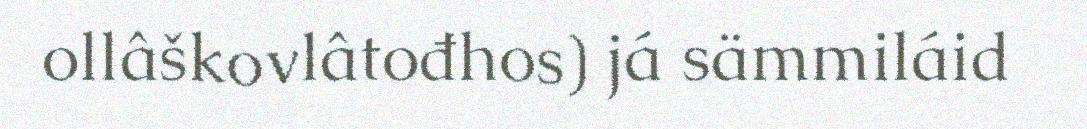
ollâškovlâtođhos) já sämmiláid